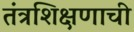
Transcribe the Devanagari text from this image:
तंत्रशिक्षणाची